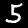
Digit: 5